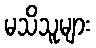
မသိသူများ